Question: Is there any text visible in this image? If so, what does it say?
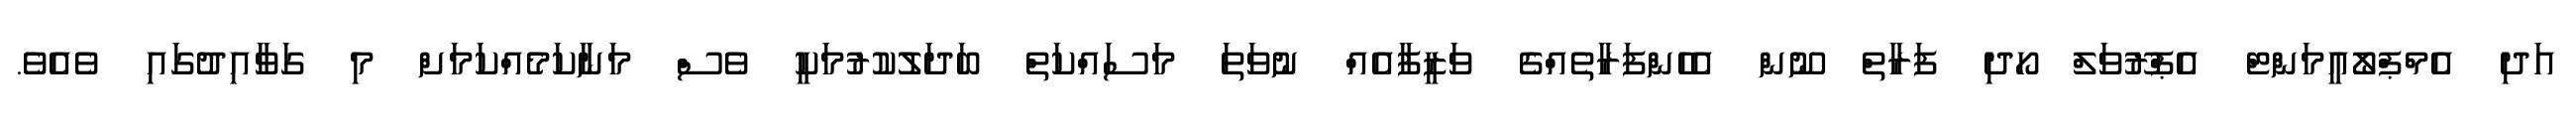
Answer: އަދި އެމްޕްލޯއީމަންޓް އެޕްރޫވަލް ހޯދި ފަރާތް ނޫން އެހެންފަރާތެއްގެ ވަޒީފާއެއް ނުވަތަ މަސައްކަތް ބަދަލުކުރުމަކީ ވެސް މަނާކަމެއްކަމަށް މި ގަވާއިދުގައި ވެއެވެ.